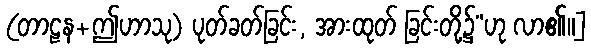
(တာဠန+ဤဟာသု) ပုတ်ခတ်ခြင်း, အားထုတ် ခြင်းတို့၌”ဟု လာ၏။]